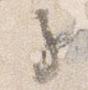
子